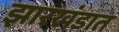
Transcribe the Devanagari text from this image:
झारखंडात